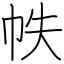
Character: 帙